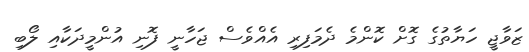
ޒަވާޖީ ހަޔާތުގެ ގޮށް ކޮންމެ ދެމަފިރި އެއްވެސް ޖަހާނީ ފޮނި އުންމީދަކާއި ލޯބި